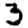
Digit: 3